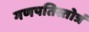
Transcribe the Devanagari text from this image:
गणपतिस्तोत्रं